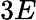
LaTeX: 3E